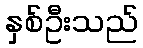
နှစ်ဦးသည်